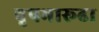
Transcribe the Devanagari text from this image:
वृषभारूढा